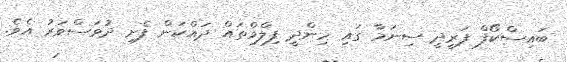
ބައިސްކޯފް ފަރީދީ ސިނަމާ ގައި ހިންދީ ފިލްމްތައް ދައްކަން ފެށި ދުވަސްވަރު އެވެ.